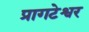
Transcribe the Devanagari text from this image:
प्रागटेश्वर